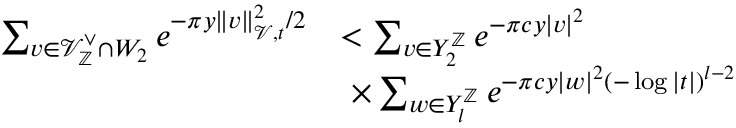
\begin{array} { r l } { \sum _ { v \in \mathcal { V } _ { \mathbb { Z } } ^ { \vee } \cap W _ { 2 } } e ^ { - \pi y \| v \| _ { \mathcal { V } , t } ^ { 2 } / 2 } } & { < \sum _ { v \in Y _ { 2 } ^ { \mathbb { Z } } } e ^ { - \pi c y | v | ^ { 2 } } } \\ & { \ \times \sum _ { w \in Y _ { l } ^ { \mathbb { Z } } } e ^ { - \pi c y | w | ^ { 2 } ( - \log | t | ) ^ { l - 2 } } } \end{array}